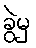
ခွဲမှ